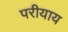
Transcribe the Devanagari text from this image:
परीयाय